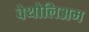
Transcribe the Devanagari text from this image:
वेथोलिअम